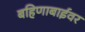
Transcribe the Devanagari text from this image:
बहिणाबाईवर